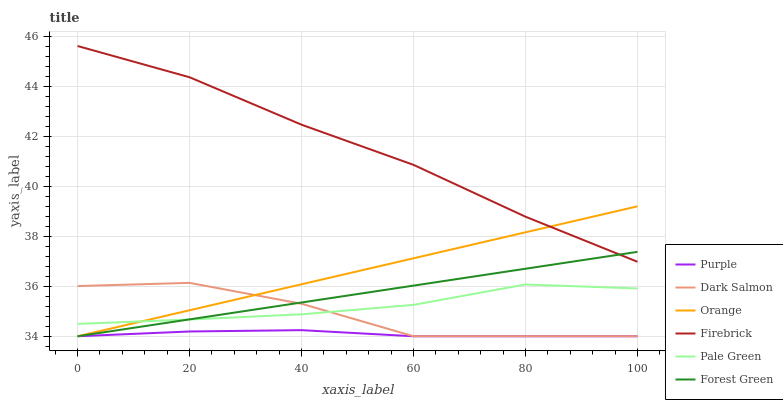
| xaxis_label | Purple | Dark Salmon | Orange | Firebrick | Pale Green | Forest Green |
 | --- | --- | --- | --- | --- | --- | --- |
 | 0 | 34 | 36 | 34 | 45.6 | 34.5 | 34 |
 | 20 | 34.2 | 36.1 | 35 | 44.4 | 34.7 | 34.7 |
 | 40 | 34.2 | 35.3 | 36.1 | 42.5 | 34.9 | 35.3 |
 | 60 | 34 | 34 | 37.1 | 40.9 | 35.3 | 36 |
 | 80 | 34 | 34 | 38.2 | 38.8 | 36.1 | 36.7 |
 | 100 | 34 | 34 | 39.2 | 37 | 35.9 | 37.4 |